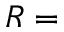
R =